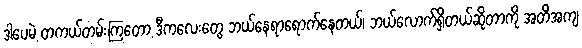
ဒါပေမဲ့ တကယ်တမ်းကြတော့ ဒီကလေးတွေ ဘယ်နေရာရောက်နေတယ်၊ ဘယ်လောက်ရှိတယ်ဆိုတာကို အတိအကျ